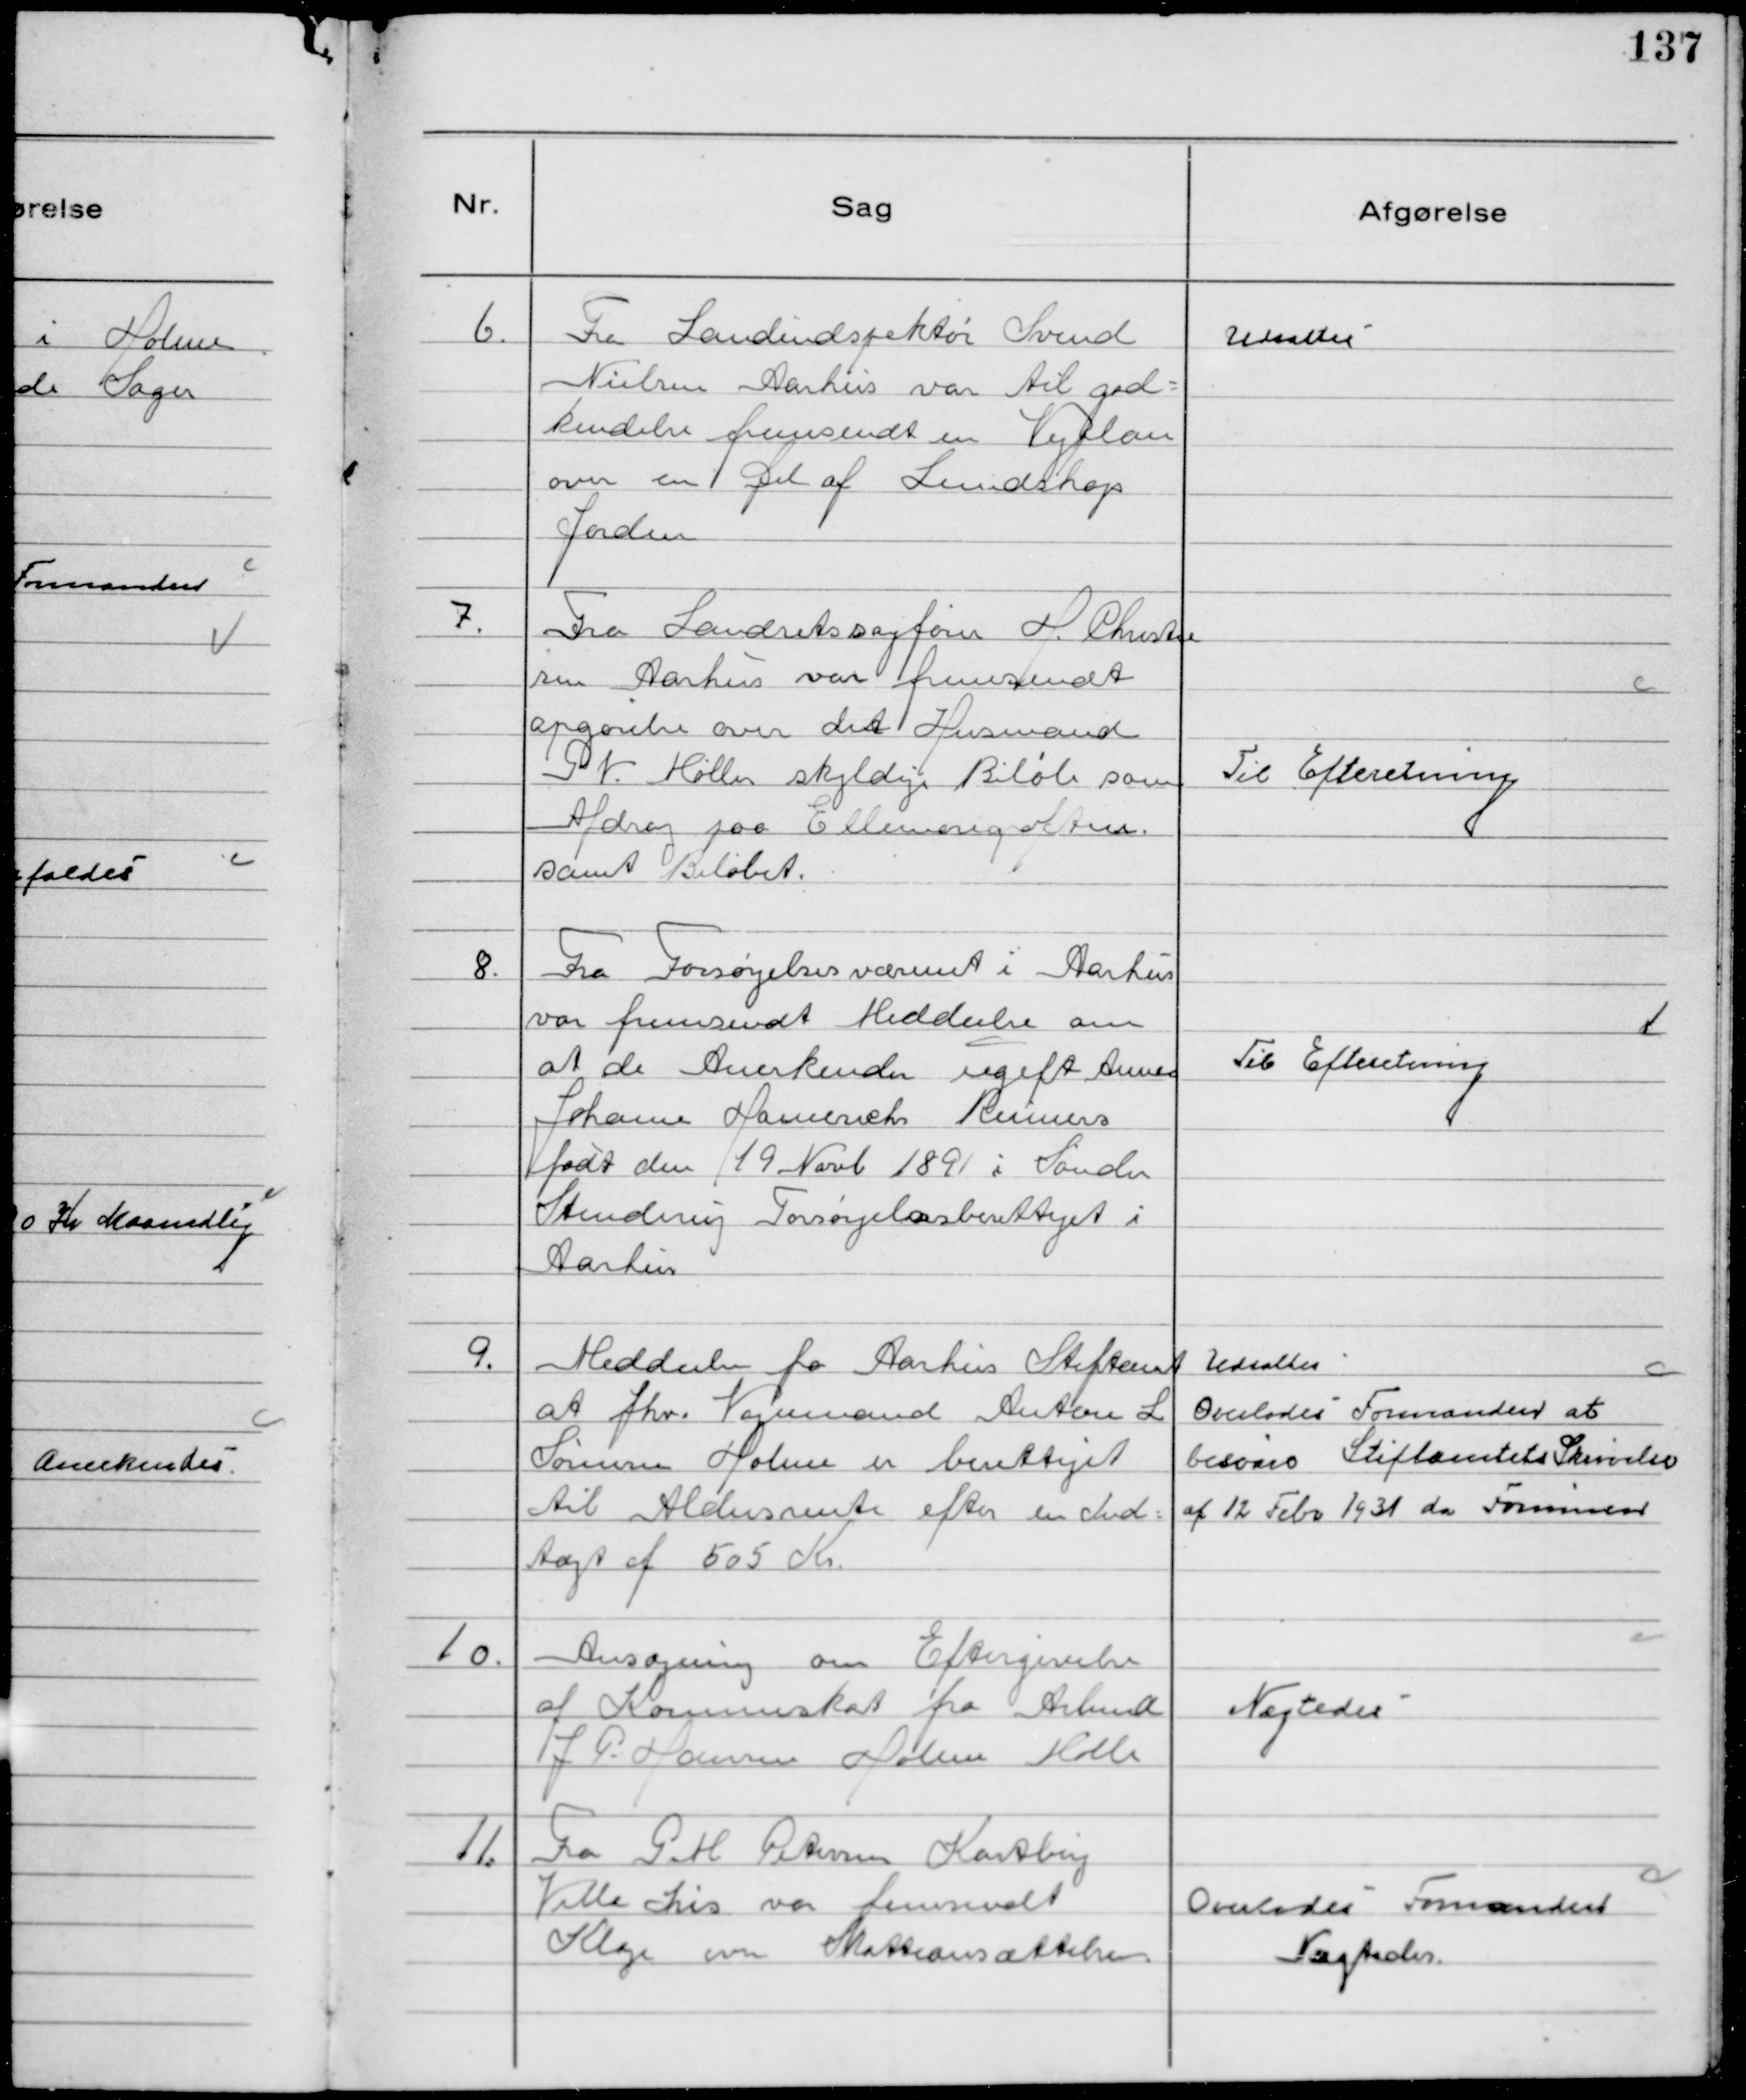
Transskription:
6.
Fra Landindspektør Svend
Nielsen Aarhus var til god-
kendelse fremsendt en Vejplan
over en Del af Lundshøjs
Jorder

Udsattes

7.
Fra Landretssagfører H. Christen
sen Aarhus var fremsendt
opgørelse over det Husmand
G V. Møller skyldige Beløb som
Afdrag paa Ellemosegrøften
samt Beløbet.

Til Efteretning

8.
Fra Forsørgelsesvæsenet i Aarhus
var Fremsendt Meddeelse om
at de Anerkender ugift Anne
Johanne Hamerich Reimers
født den 19 Novb 1891 i Sønder
Stenderup Forsørgelsesberettiget i
Aarhus

Til Efteretning

9.
Meddeelse fra Aarhus Stiftamt
at fhv. Vognmand Anton L
Sørensen Holme er berettiget
til Aldersrente efter en Ind-
tægt af 505 Kr.

Udsattes
Overlodes Formanden at
besvare Stiftamtets Skrivelse
af 12 Febr 1931 da Formanden

10.
Ansøgning om Eftergivelse
af Kommuneskat fra Arbmd
J P. Hansen Holme Mølle

Nægtedes

11.
Fra G M Petersen Kastberg
Villa Iris var fremsendt
Klage over Skatteansættelsen

Overlodes Formanden
Nægtedes.